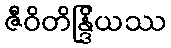
ဇီဝိတိန္ဒြိယဿ